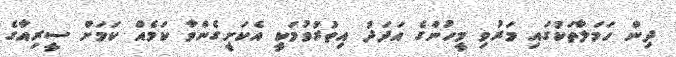
ދިން ހަމަލާތަކުގައި މަރުވި މީހުންގެ އަދަދު އިތުރުވުމަކީ އެކަށީގެންވާ ކަމެއް ކަމަށް ސީރިއާގެ